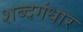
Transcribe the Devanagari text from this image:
शब्दगंधार